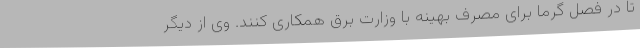
تا در فصل گرما برای مصرف بهینه با وزارت برق همکاری کنند. وی از دیگر